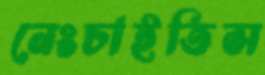
নেংচাইতিস